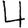
Digit: 4